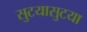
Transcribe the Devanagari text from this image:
सुटयासुटया